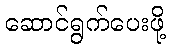
ဆောင်ရွက်ပေးဖို့